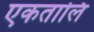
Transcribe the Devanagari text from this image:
एकतालि